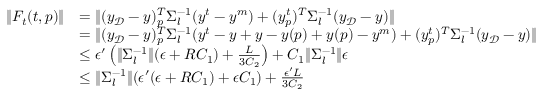
\begin{array} { r l } { \| F _ { t } ( t , p ) \| } & { = \| ( y _ { \mathcal { D } } - y ) _ { p } ^ { T } \Sigma _ { l } ^ { - 1 } ( y ^ { t } - y ^ { m } ) + ( y _ { p } ^ { t } ) ^ { T } \Sigma _ { l } ^ { - 1 } ( y _ { \mathcal { D } } - y ) \| } \\ & { = \| ( y _ { \mathcal { D } } - y ) _ { p } ^ { T } \Sigma _ { l } ^ { - 1 } ( y ^ { t } - y + y - y ( p ) + y ( p ) - y ^ { m } ) + ( y _ { p } ^ { t } ) ^ { T } \Sigma _ { l } ^ { - 1 } ( y _ { \mathcal { D } } - y ) \| } \\ & { \le \epsilon ^ { \prime } \left( \| \Sigma _ { l } ^ { - 1 } \| ( \epsilon + R C _ { 1 } ) + \frac { L } { 3 C _ { 2 } } \right) + C _ { 1 } \| \Sigma _ { l } ^ { - 1 } \| \epsilon } \\ & { \le \| \Sigma _ { l } ^ { - 1 } \| ( \epsilon ^ { \prime } ( \epsilon + R C _ { 1 } ) + \epsilon C _ { 1 } ) + \frac { \epsilon ^ { \prime } L } { 3 C _ { 2 } } } \end{array}